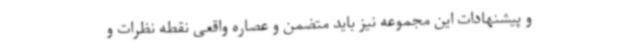
و پیشنهادات این مجموعه نیز باید متضمن و عصاره واقعی نقطه نظرات و